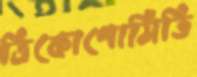
ত্রিকোণোমিতি